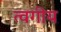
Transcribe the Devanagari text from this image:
त्वगीय